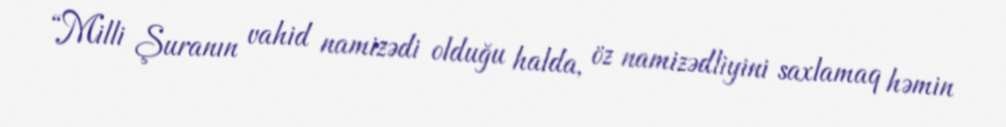
“Milli Şuranın vahid namizədi olduğu halda, öz namizədliyini saxlamaq həmin